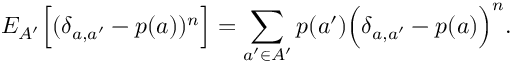
{ E } _ { A ^ { \prime } } \Big [ ( \delta _ { a , a ^ { \prime } } - p ( a ) ) ^ { n } \Big ] = \sum _ { a ^ { \prime } \in A ^ { \prime } } p ( a ^ { \prime } ) \Big ( \delta _ { a , a ^ { \prime } } - p ( a ) \Big ) ^ { n } .